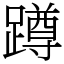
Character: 蹲